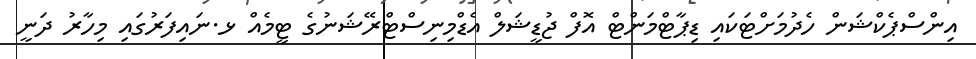
އިންސްޕެކްޝަން ހެދުމަށްޓަކައި ޑިޕާޓްމަންޓް އޮފް ޖުޑީޝަލް އެޑްމިނިސްޓްރޭޝަނުގެ ޓީމެއް ޅ.ނައިފަރުގައި މިހާރު ދަނީ